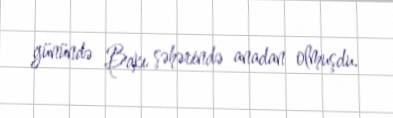
günündə Bakı şəhərində anadan olmuşdu.